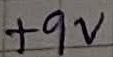
Text: +9V